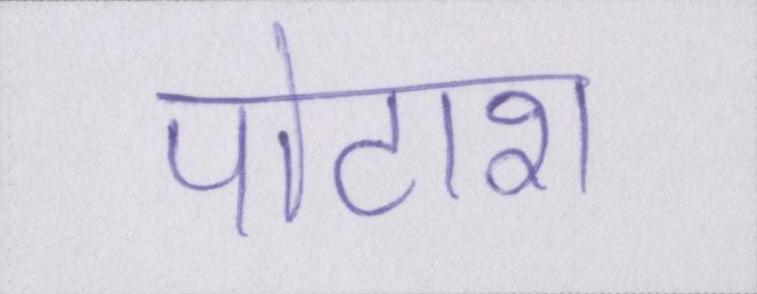
पोटाश